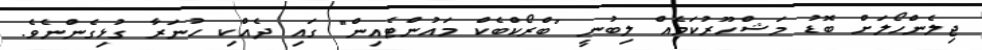
ޖިލެންހޯލަށް ބޮޑު މަޝްހޫރުކަމެއް ލިބުނީ "ބްރޯކްބެކް މައުންޓެއިން" ގައި ދެއްކި ހުނަރާ ގުޅިގެންނެވެ.